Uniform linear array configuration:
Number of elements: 16
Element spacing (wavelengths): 0.75
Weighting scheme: uniform
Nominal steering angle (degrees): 15
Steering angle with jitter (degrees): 14.508
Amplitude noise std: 0.05
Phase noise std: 0.05

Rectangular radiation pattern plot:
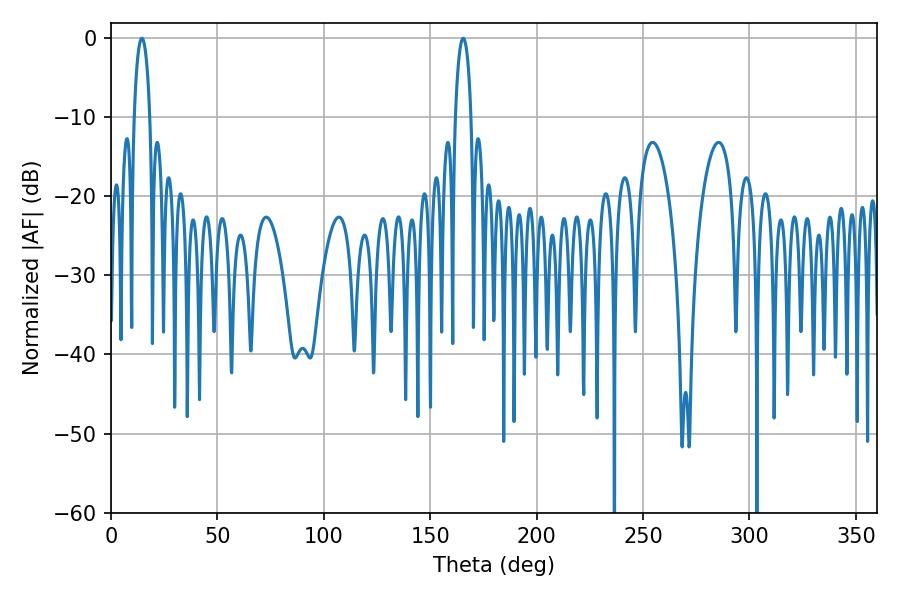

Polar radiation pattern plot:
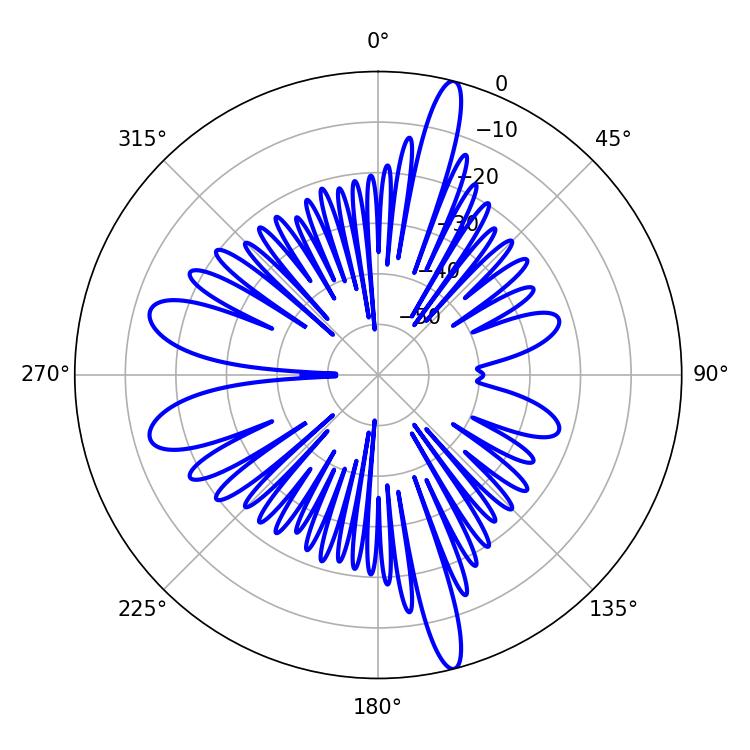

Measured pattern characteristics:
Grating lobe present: TRUE
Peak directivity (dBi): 18.992
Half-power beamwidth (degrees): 4.14
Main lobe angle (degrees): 165.42